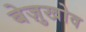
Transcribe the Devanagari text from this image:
बेज़ुखोव